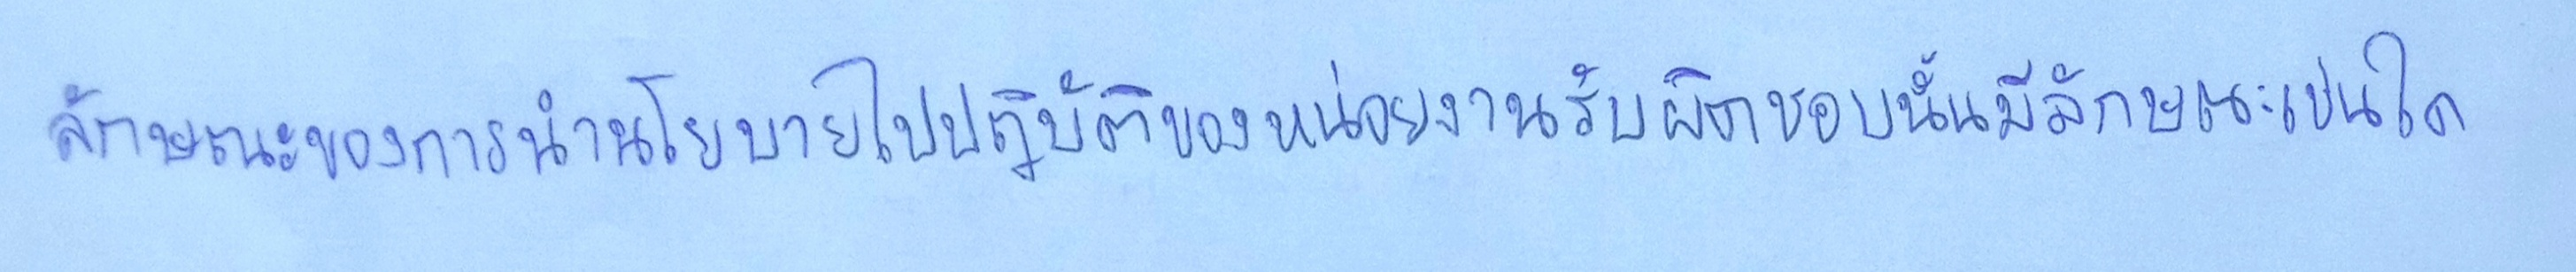
ลักษณะของการนำนโยบายไปปฏิบัติของหน่วยงานรับผิดชอบนั้นมีลักษณะเช่นใด